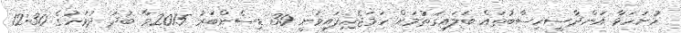
ހުށަހަޅާ އަންދާސީހިސާބުތައް ބަލައިގަތުމަށް ހަމަޖެހިފައިވަނީ 30 ޑިސެންބަރު 2015ވާ ބުދަ ދުވަހުގެ 12:30